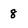
Character: 8